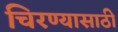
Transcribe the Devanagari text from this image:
चिरण्यासाठी